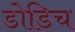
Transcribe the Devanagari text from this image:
डोडिच